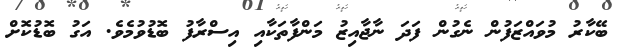
ބޭކާރު މުވައްޒަފުން ނެގުން ފަދަ ނާޖާއިޒު މަންފާތަކާއި އިސްރާފު ބޮޑުވުމެވެ. އަގު ބޮޑުކޮށް